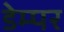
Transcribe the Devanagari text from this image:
डेम्पर